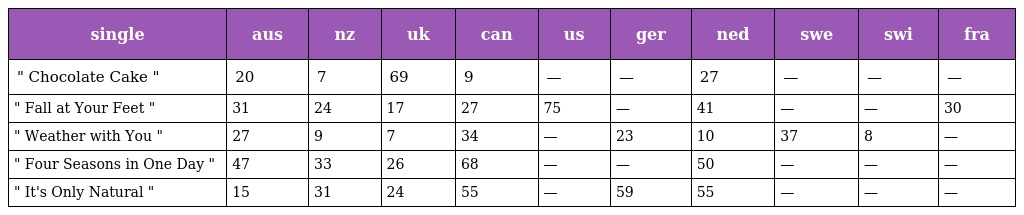
| single | aus | nz | uk | can | us | ger | ned | swe | swi | fra |
 | --- | --- | --- | --- | --- | --- | --- | --- | --- | --- | --- |
 | " Chocolate Cake " | 20 | 7 | 69 | 9 | — | — | 27 | — | — | — |
 | " Fall at Your Feet " | 31 | 24 | 17 | 27 | 75 | — | 41 | — | — | 30 |
 | " Weather with You " | 27 | 9 | 7 | 34 | — | 23 | 10 | 37 | 8 | — |
 | " Four Seasons in One Day " | 47 | 33 | 26 | 68 | — | — | 50 | — | — | — |
 | " It's Only Natural " | 15 | 31 | 24 | 55 | — | 59 | 55 | — | — | — |